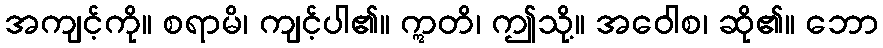
အကျင့်ကို။ စရာမိ၊ ကျင့်ပါ၏။ ဣတိ၊ ဤသို့။ အဝေါစ၊ ဆို၏။ ဘော